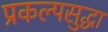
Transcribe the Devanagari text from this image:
प्रकल्पसुद्धा